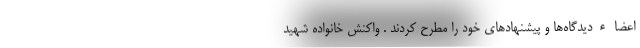
اعضاء‌دیدگاه‌ها و پیشنهادهای خود را مطرح کردند . واکنش خانواده شهید